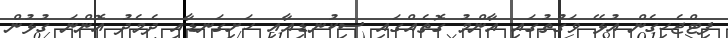
ފިޓްޖެހިގެން އުޅޭ ވަގުތުގައި އާންމު ގޮތެއްގައި ސިކުނޑިއާއި ހަށިގަނޑާއި ދެމެދު އޮންނަ ގުޅުން